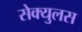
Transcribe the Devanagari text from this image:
सेक्युलस